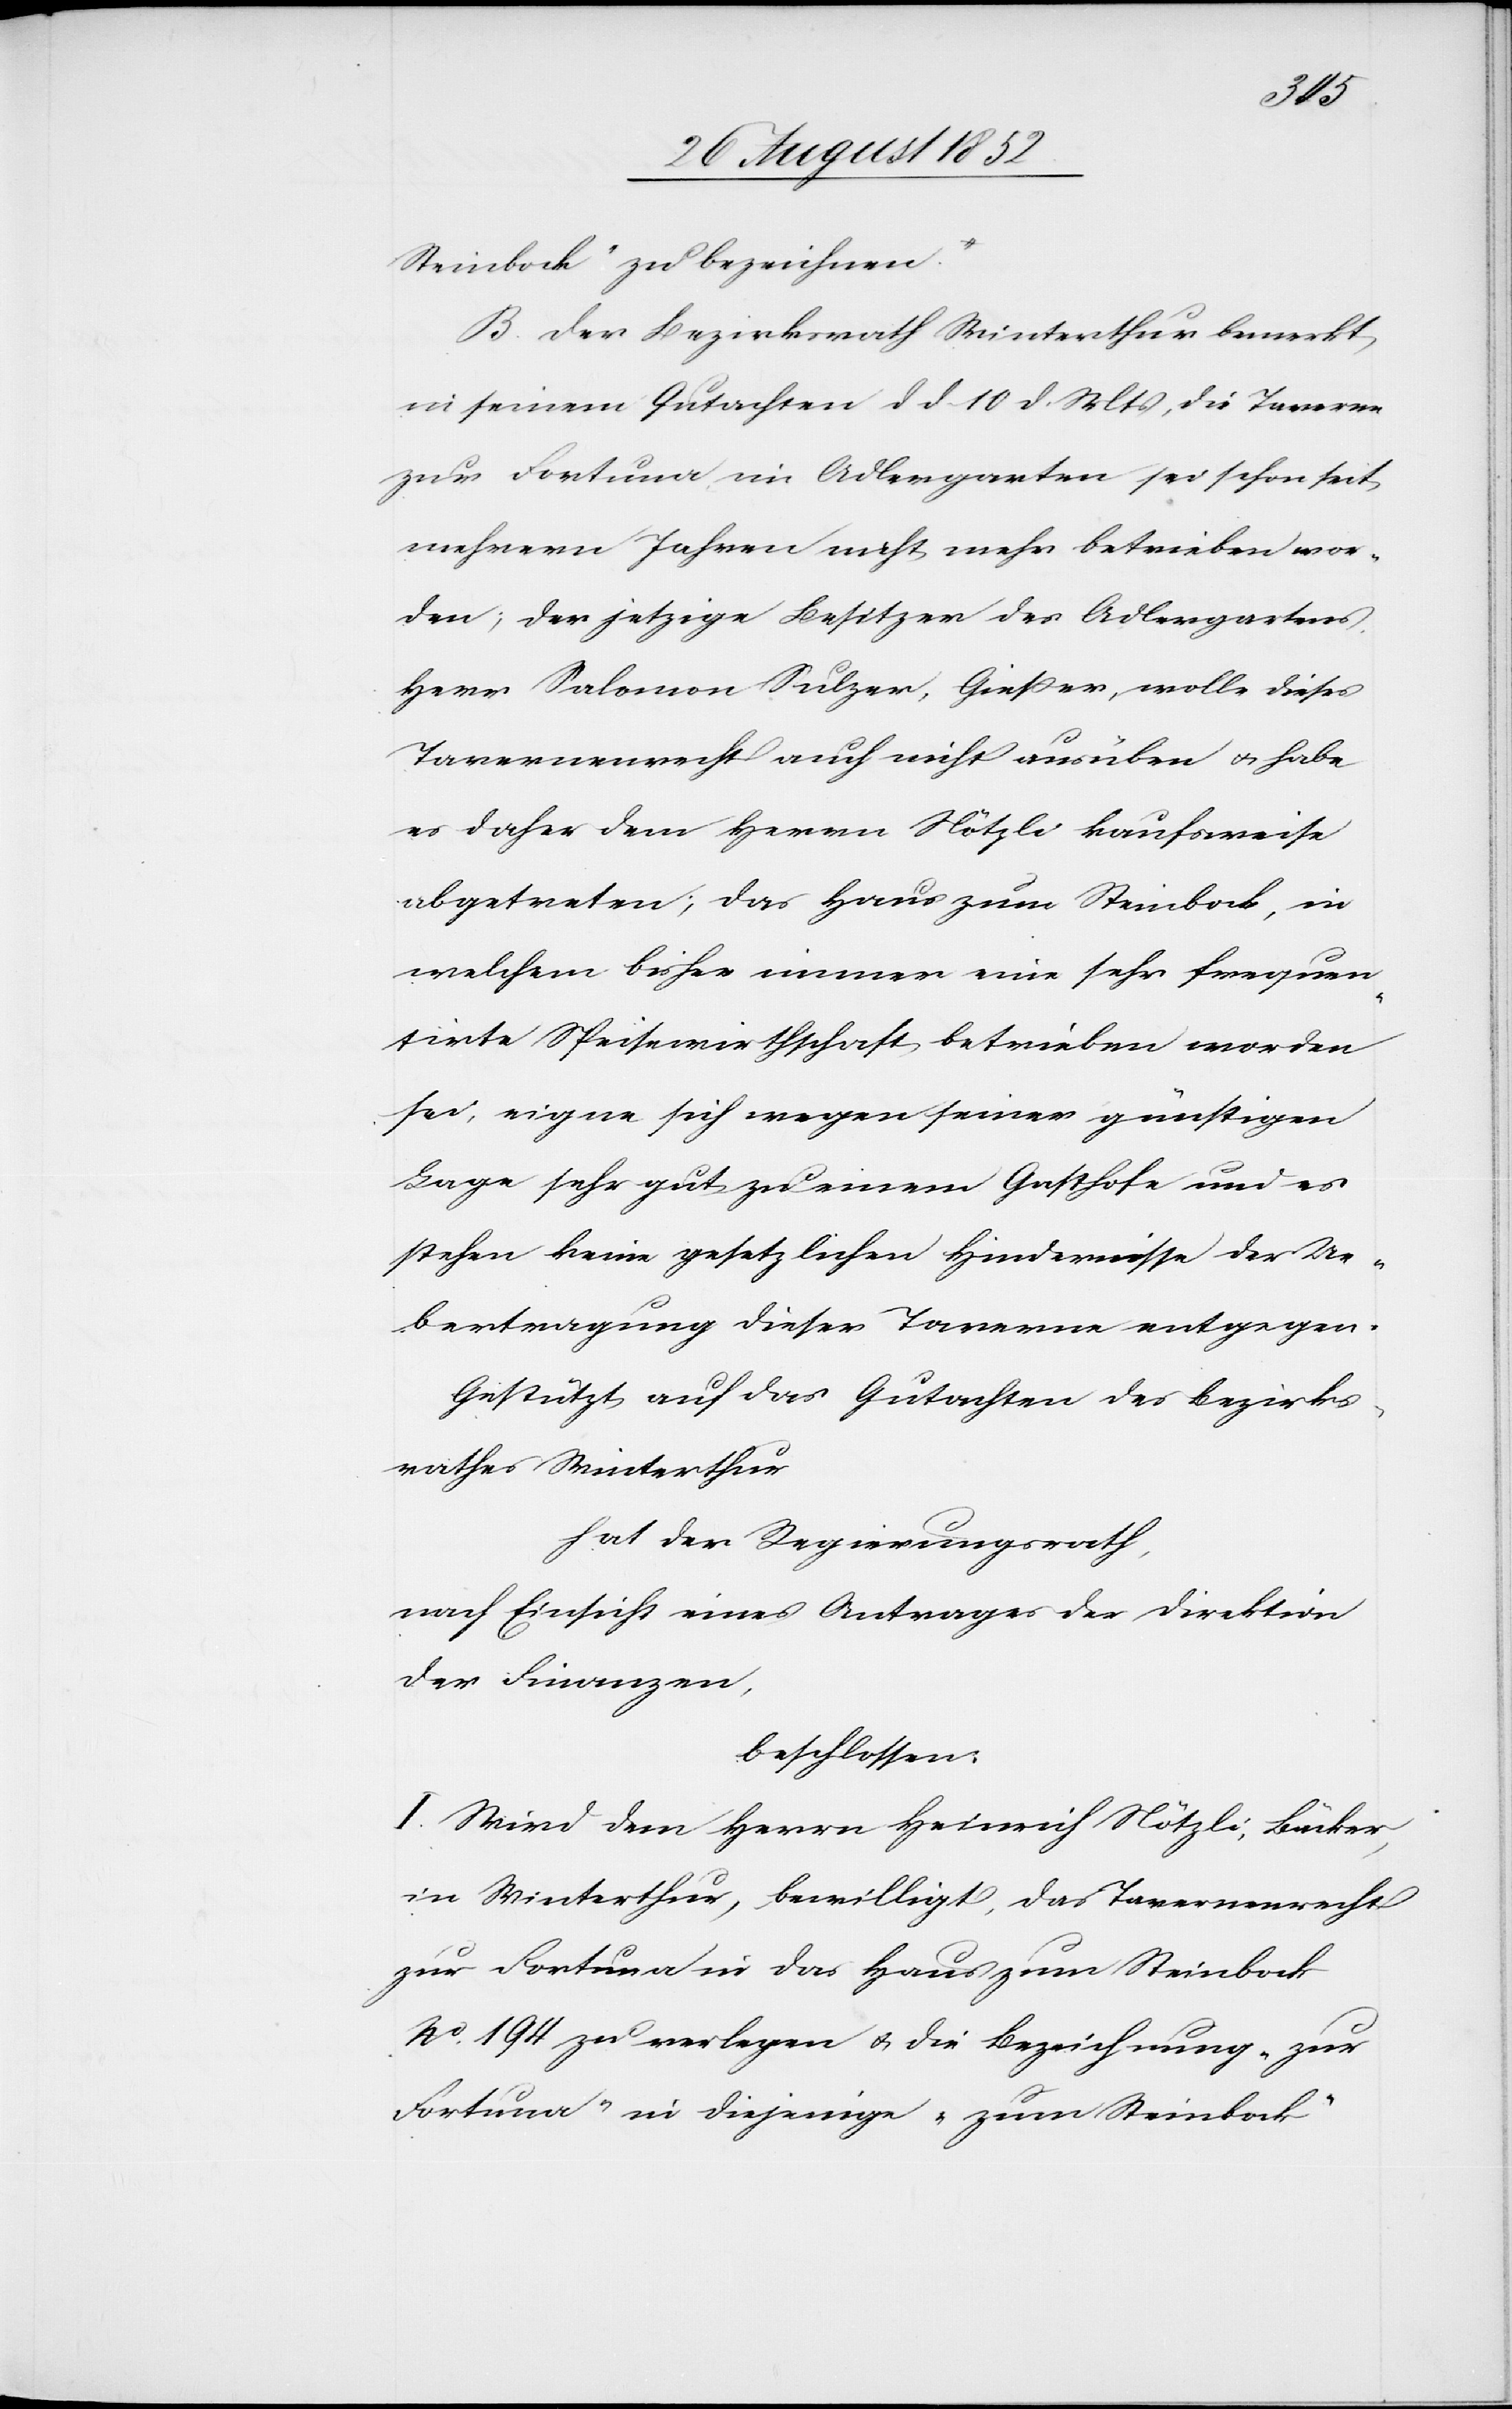
Steinbock“ zu bezeichnen.
B. Der Bezirksrath Winterthur bemerkt
in seinem Gutachten d d 10 d. Mts, die Taverne
zur Fortuna, im Adlergarten sei schon seit
mehrern Jahren nicht mehr betrieben wor¬
den; der jetzige Besitzer des Adlergartens,
Herr Salomon Sulzer, Gießer, wolle dieses
Tavernenrecht auch nicht ausüben & habe
es daher dem Herrn Nötzli kaufsweise
abgetreten; das Haus zum Steinbock, in
welchem bisher immer eine sehr frequen¬
tirte Speisewirthschaft betrieben worden
sei, eigne sich wegen seiner günstigen
Lage sehr gut zu einem Gasthofe und es
stehen keine gesetzlichen Hindernisse der Ue¬
bertragung dieser Taverne entgegen.
Gestützt auf das Gutachten des Bezirks¬
rathes Winterthur
hat der Regierungsrath,
nach Einsicht eines Antrages der Direktion
der Finanzen,
beschlossen:
I. Wird dem Herrn Heinrich Nötzli, Bäcker,
in Winterthur, bewilligt, das Tavernenrecht
zur Fortuna in das Haus zum Steinbock
No. 194 zu verlegen & die Bezeichnung „zur
Fortuna“ in diejenige „zum Steinbock“